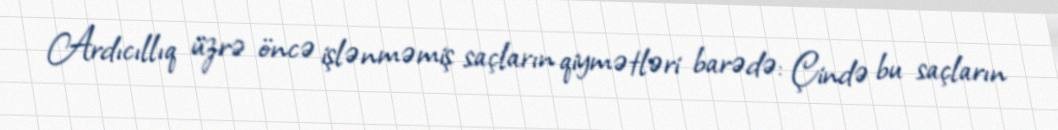
Ardıcıllıq üzrə öncə işlənməmiş saçların qiymətləri barədə: Çində bu saçların